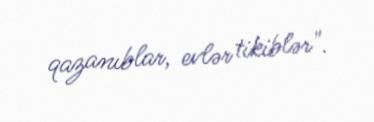
qazanıblar, evlər tikiblər".